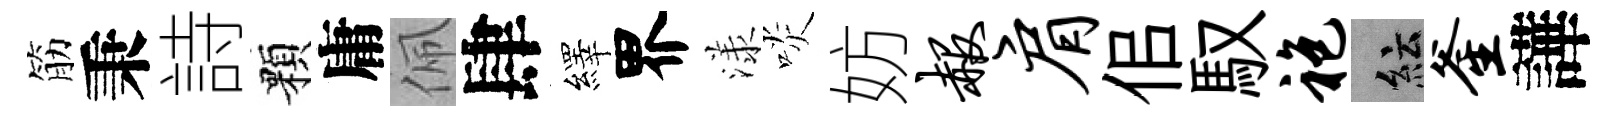
筋秉詩顆庸佩肆繹界漾啖妨赧肩佀馭袍紜釜譁